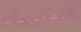
الثمانينيات